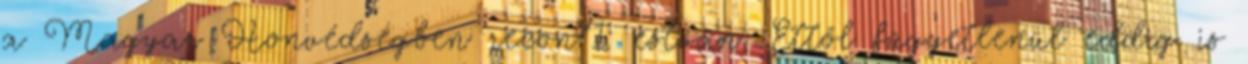
a Magyar Honvédségben recon71: estván: Ettől függetlenül eddig is